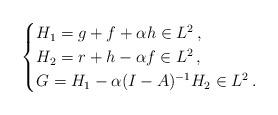
LaTeX: \begin{align*}\begin{cases}H_1= g+f + \alpha h \in L^2 \,, \\H_2= r+h - \alpha f \in L^2 \,, \\G= H_1 - \alpha (I-A)^{-1}H_2 \in L^2 \,.\end{cases}\end{align*}